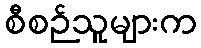
စီစဉ်သူများက